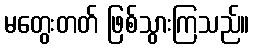
မတွေးတတ် ဖြစ်သွားကြသည်။